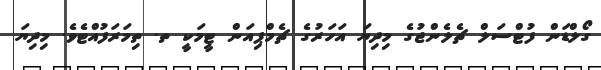
ގޯލްޑަން ފުޓްސަލް ޗެލެންޖުގެ މިދިޔަ އަހަރުގެ ޗެމްޕިއަން ޓީމަކީ ތ. ތިމަރަފުއްޓެވެ. މިދިޔަ